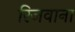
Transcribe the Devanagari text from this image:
रिजवाना